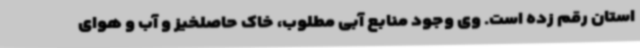
استان رقم زده است. وی وجود منابع آبی مطلوب، خاک حاصلخیز و آب و هوای